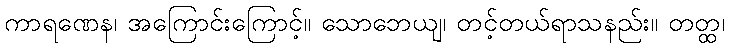
ကာရဏေန၊ အကြောင်းကြောင့်။ သောဘေယျ၊ တင့်တယ်ရာသနည်း။ တတ္ထ၊